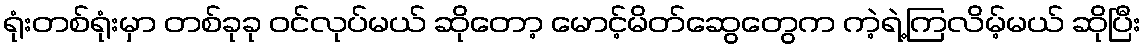
ရုံးတစ်ရုံးမှာ တစ်ခုခု ဝင်လုပ်မယ် ဆိုတော့ မောင့်မိတ်ဆွေတွေက ကဲ့ရဲ့ကြလိမ့်မယ် ဆိုပြီး